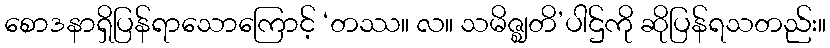
စောဒနာရှိပြန်ရာသောကြောင့် ‘တဿ။ လ။ သမိဇ္ဈတိ’ပါဌ်ကို ဆိုပြန်ရသတည်း။